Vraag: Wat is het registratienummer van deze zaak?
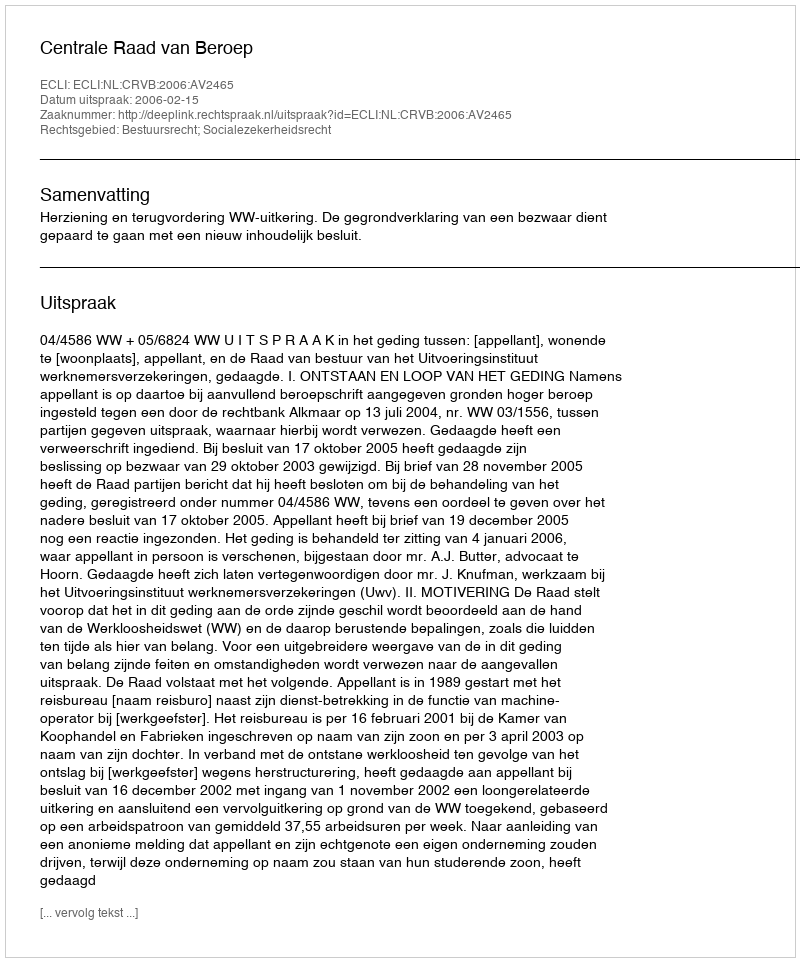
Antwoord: http://deeplink.rechtspraak.nl/uitspraak?id=ECLI:NL:CRVB:2006:AV2465